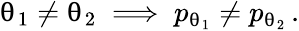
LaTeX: \uptheta_{1}\neq\uptheta_{2}\implies p_{\uptheta_{1}}\neq p_{\uptheta_{2}}\, .